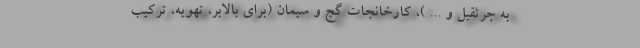
به جرثقیل و ... )، کارخانجات گچ و سیمان (برای بالابر، تهویه، ترکیب